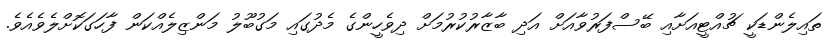
ތައިލެންޑަކީ ޗުއްޓީއަށާއި ބޭސްފަރުވާއަށް އަދި ބާޒާރުކުރުމަށް ދިވެހީންގެ މެދުގައި މަގުބޫލު މަންޒިލެއްކަން ފާހަގަކޮށްލެވެއެވެ.